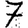
Digit: 7